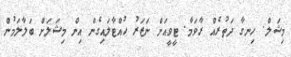
މިޝަލް. ހިނގާ ދަތުރެއް ރާވަމާ. ޓީވީއަށް ނަޒަރު ހުއްޓާލައިގެން އިން މިޝަލަށް ބަލާލަމުން